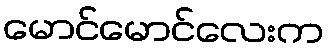
မောင်မောင်လေးက